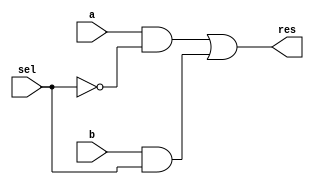
// Critical path delay = 7ns
// 0 -> copy a
// 1 -> copy b
module mux_2_1_1b(a, b, sel, res);
   input a;
   input b;
   input sel;
   output res;
   wire   not_sel;
   not #(1) not0(not_sel, sel);
   wire   a_out;
   and #(3) and0(a_out, a, not_sel);
   wire   b_out;
   and #(3) and1(b_out, b, sel);
   or #(3) and2(res, a_out, b_out);
endmodule // mux1